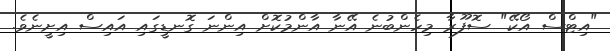
"އިޓްސް އޯކޭ" ސޮފޫރާ މިހެންބުނެ އޭނާ އާންމުކޮށް އިންނަ ގޮނޑީގައި އައިސް އިށީނެވެ.